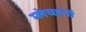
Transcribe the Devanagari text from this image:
म्लेच्छांचें